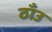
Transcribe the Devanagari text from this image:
ठाँउ